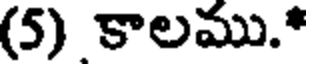
(5) కాలము.*